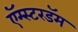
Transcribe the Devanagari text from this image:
ऍम्स्टरडॅम